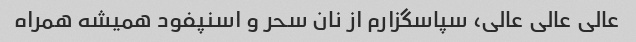
عالی عالی عالی، سپاسگزارم از نان سحر و اسنپفود همیشه همراه